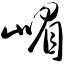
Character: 嵋